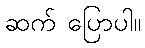
ဆက် ပြောပါ။